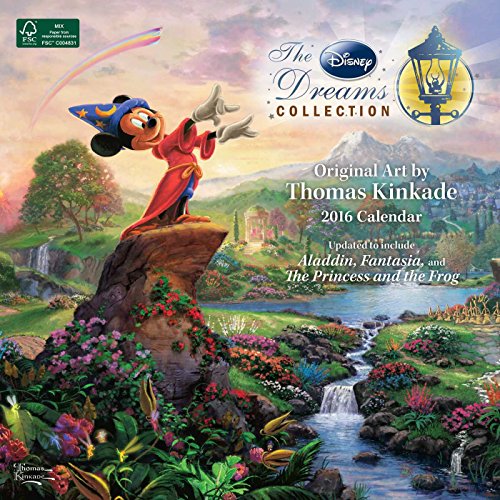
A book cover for Thomas Kinkade: The Disney Dreams Collection 2016 Wall Calendar; Thomas Kinkade; Calendars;